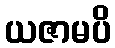
ယဇာမပိ